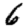
Digit: 6